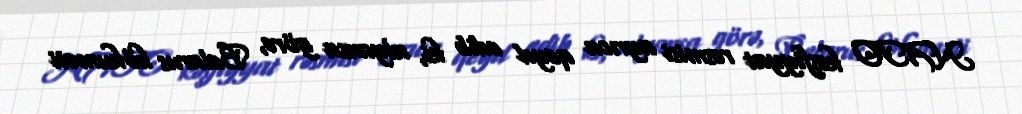
NATO kəşfiyyat rəsmisi ayrıca qeyd edib ki, alyansa görə, Belarus hökuməti